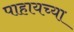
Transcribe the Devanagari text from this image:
पाहायच्या